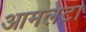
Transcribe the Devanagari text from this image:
आमलेटा